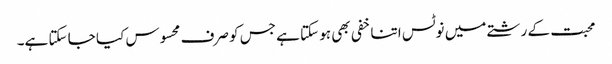
محبت کے رشتے میں نوٹس اتنا خفی بھی ہو سکتا ہے جس کو صرف محسوس کیا جا سکتا ہے۔